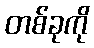
တစ်ခုကို